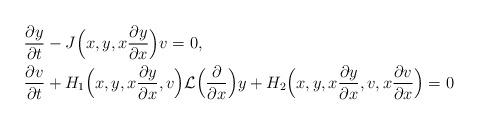
LaTeX: \begin{align*}&\frac{\partial y}{\partial t}-J\Big(x, y, x\frac{\partial y}{\partial x}\Big)v=0, \\&\frac{\partial v}{\partial t}+H_1\Big(x, y, x\frac{\partial y}{\partial x}, v\Big)\mathcal{L}\Big(\frac{\partial}{\partial x}\Big)y+H_2\Big(x,y, x\frac{\partial y}{\partial x}, v, x\frac{\partial v}{\partial x}\Big)=0 \end{align*}